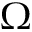
\Omega